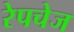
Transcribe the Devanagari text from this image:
रेपचेज